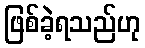
ဖြစ်ခဲ့ရသည်ဟု